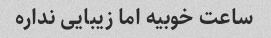
ساعت خوبیه اما زیبایی نداره